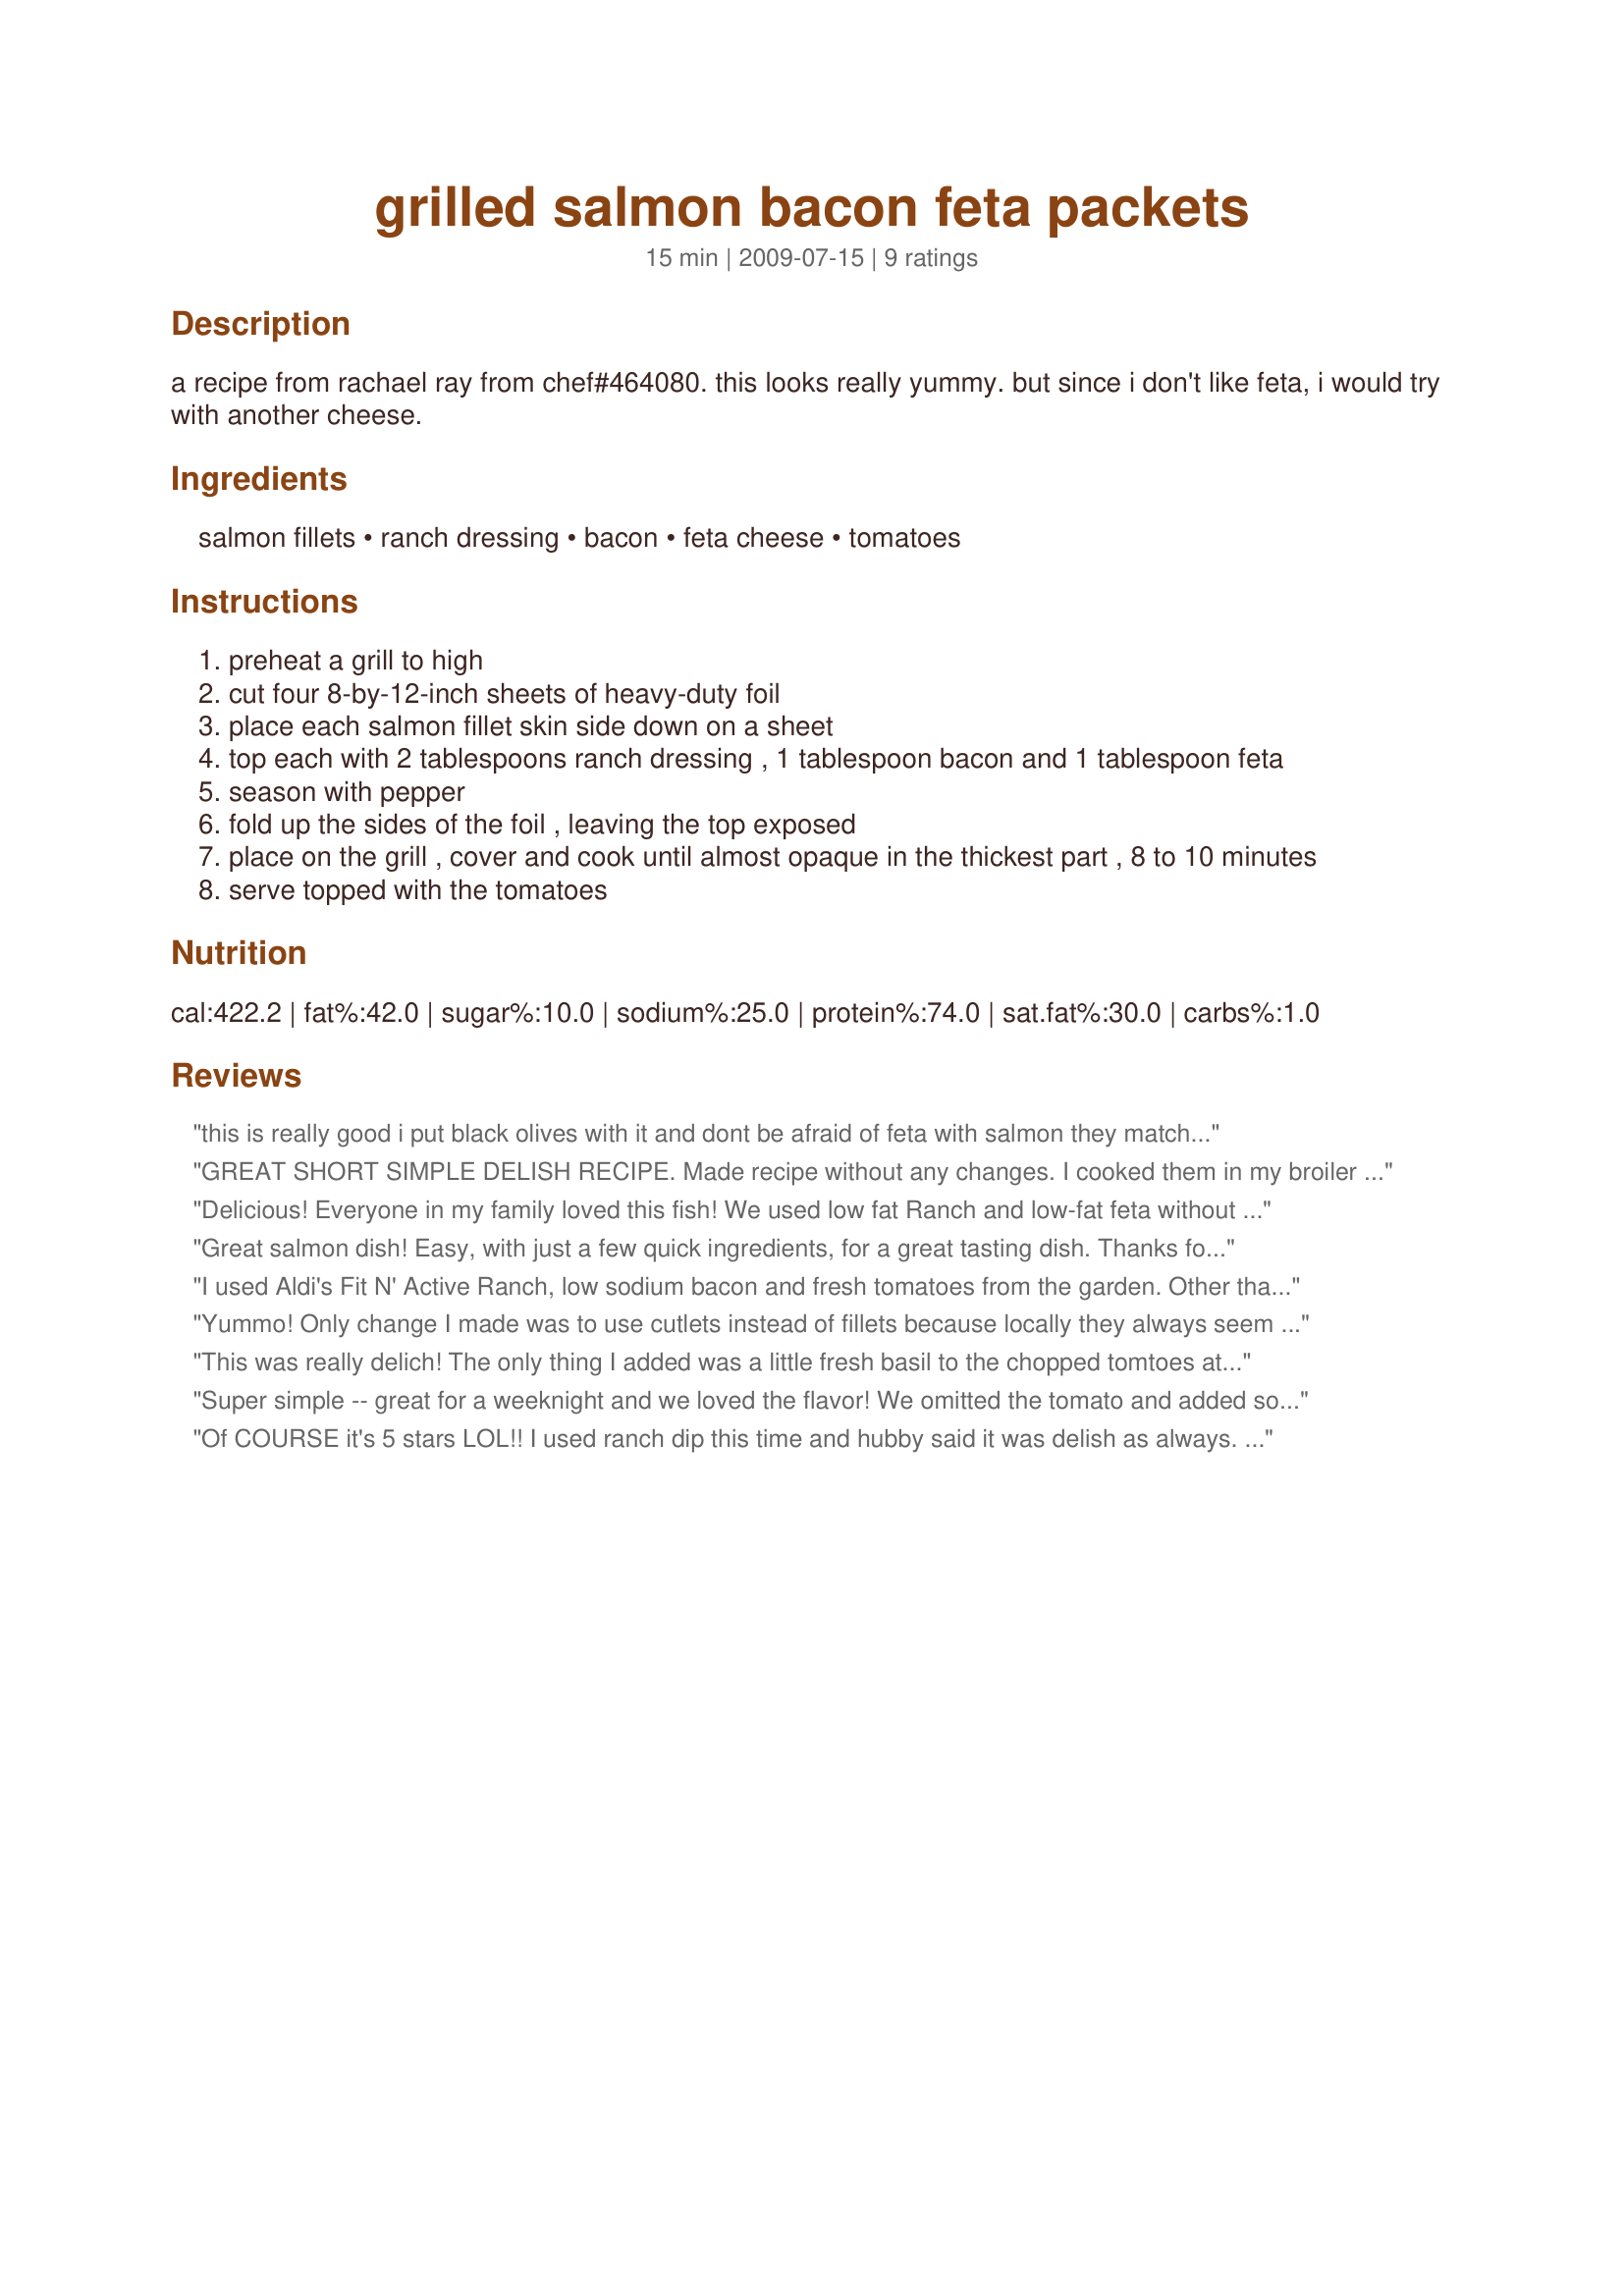
grilled salmon bacon feta packets
Preparation time: 15 minutes

a recipe from rachael ray from chef#464080. this looks really yummy. but since i don't like feta, i would try with another cheese.

Ingredients:
salmon fillets, ranch dressing, bacon, feta cheese, tomatoes

Steps:
preheat a grill to high
cut four 8-by-12-inch sheets of heavy-duty foil
place each salmon fillet skin side down on a sheet
top each with 2 tablespoons ranch dressing , 1 tablespoon bacon and 1 tablespoon feta
season with pepper
fold up the sides of the foil , leaving the top exposed
place on the grill , cover and cook until almost opaque in the thickest part , 8 to 10 minutes
serve topped with the tomatoes

Reviews:
this is really good i put black olives with it and dont be afraid of feta with salmon they match up really wellzaar tour 6
GREAT SHORT SIMPLE DELISH RECIPE. Made recipe without any changes. I cooked them in my broiler . Made for PRMR tag.
Delicious! Everyone in my family loved this fish! We used low fat Ranch and low-fat feta without any problems! We will be making this keeper again soon! Thanks for sharing!
Great salmon dish! Easy, with just a few quick ingredients, for a great tasting dish. Thanks for sharing! ZWT6
I used Aldi's Fit N' Active Ranch, low sodium bacon and fresh tomatoes from the garden. Other than the bacon pan, the clean up was a breeze. The adults liked this but the kids did not. We'll save this recipe for nights that the kids are not home.
Yummo! Only change I made was to use cutlets instead of fillets because locally they always seem to be of a higher quality. Beautiful blend of flavors and cooking with the BBQ grill hood down softened the feta well without melting it, which was spot on because IMO feta isn't a good melting cheese. Much enjoyed along with a light salad on a summer night.
This was really delich! The only thing I added was a little fresh basil to the chopped tomtoes at the end. Thanks Boom!
Super simple -- great for a weeknight and we loved the flavor! We omitted the tomato and added some sweet basil before we cooked it. I cooked in a 425F oven top rack for 12 minutes and it came out perfectly. Made for Holiday Tag October 2009
Of COURSE it's 5 stars LOL!! I used ranch dip this time and hubby said it was delish as always. I had 2 pretty small pieces and I cooked them under the broiler, 2nd rack from the top, for 7 minutes then turned off the oven and let them sit in the heat for another 5 minutes and they were perfectly cooked. So fun to rate this for PHOTO TAG.
